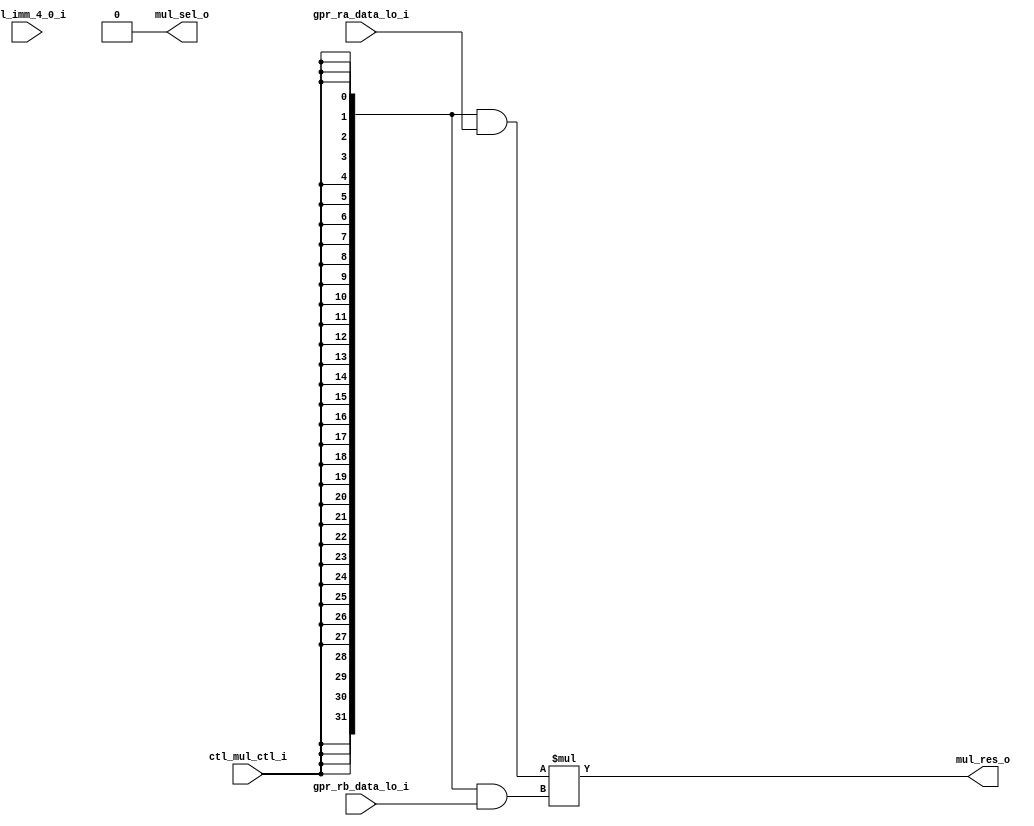
//-----------------------------------------------------------------------------
// The confidential and proprietary information contained in this file may
// only be used by a person authorised under and to the extent permitted
// by a subsisting licensing agreement from ARM Limited.
//
//            (C) COPYRIGHT 2008-2009 ARM Limited.
//                ALL RIGHTS RESERVED
//
// This entire notice must be reproduced on all copies of this file
// and copies of this file may only be made by a person if such person is
// permitted to do so under the terms of a subsisting license agreement
// from ARM Limited.
//
//      SVN Information
//
//      Checked In          : $Date: 2009-02-16 18:16:58 +0000 (Mon, 16 Feb 2009) $
//
//      Revision            : $Revision: 101137 $
//
//      Release Information : Cortex-M0-AT510-r0p0-00rel0
//-----------------------------------------------------------------------------

//-----------------------------------------------------------------------------
// CORTEX-M0 CORE MULTIPLIER ARRAY (FOR FAST MUL) OR 32:1 MUX (FOR SMALL MUL)
//-----------------------------------------------------------------------------

module cm0_core_mul
  #(parameter CBAW = 0,
    parameter SMUL = 0 )
   (output wire [31:0] mul_res_o,         // fast-mul full result
    output wire        mul_sel_o,         // small-mul multiplicand bit

    input  wire        ctl_mul_ctl_i,     // multiplier enable
    input  wire [ 4:0] ctl_imm_4_0_i,     // small-mul multiplicand bit select
    input  wire [31:0] gpr_ra_data_lo_i,  // fast-mul multiplier operand
    input  wire [31:0] gpr_rb_data_lo_i); // multiplicand operand

   // ------------------------------------------------------------
   // Implement configurability
   // ------------------------------------------------------------

   wire       cfg_smul = (CBAW == 0) ? (SMUL != 0) : 1'bZ;

   // ------------------------------------------------------------
   // Perform input conditioning and multiplication for fast mul
   // ------------------------------------------------------------

   // ctl_mul_ctl_i is used to indicate that a MULS is in in
   // execute; if a MULS is not in execute, then the output of
   // the following logic is forced to zero in order to allow
   // the use of an OR for the final register-file write-data
   // selection mux - for power saving reasons, the forcing to
   // zero is applied at the input to the multiply array

   wire        array_en = cfg_smul ? 1'b0 : ctl_mul_ctl_i;

   wire [31:0] fmul_opa = {32{array_en}} & gpr_ra_data_lo_i;
   wire [31:0] fmul_opb = {32{array_en}} & gpr_rb_data_lo_i;

   wire [63:0] fmul_int = fmul_opa * fmul_opb;

   wire [31:0] fmul_res = cfg_smul ? 32'b0 : fmul_int[31:0];

   // ------------------------------------------------------------
   // Perform input conditioning and selection for small mul
   // ------------------------------------------------------------

   wire [31:0] smul_opa = cfg_smul ? gpr_ra_data_lo_i : 32'b0;
   wire [ 4:0] smul_imm = cfg_smul ? ctl_imm_4_0_i : 5'b0;

   // smul_imm starts at 1 and increments through to 31 and
   // over to 0 in its final cycle

   // smul_sel is used in the ALU to select either the addition
   // result, or the incoming value

   wire        smul_int = ( (smul_imm == 5'd0)  & smul_opa[ 0] |
                            (smul_imm == 5'd1)  & smul_opa[31] |
                            (smul_imm == 5'd2)  & smul_opa[30] |
                            (smul_imm == 5'd3)  & smul_opa[29] |
                            (smul_imm == 5'd4)  & smul_opa[28] |
                            (smul_imm == 5'd5)  & smul_opa[27] |
                            (smul_imm == 5'd6)  & smul_opa[26] |
                            (smul_imm == 5'd7)  & smul_opa[25] |
                            (smul_imm == 5'd8)  & smul_opa[24] |
                            (smul_imm == 5'd9)  & smul_opa[23] |
                            (smul_imm == 5'd10) & smul_opa[22] |
                            (smul_imm == 5'd11) & smul_opa[21] |
                            (smul_imm == 5'd12) & smul_opa[20] |
                            (smul_imm == 5'd13) & smul_opa[19] |
                            (smul_imm == 5'd14) & smul_opa[18] |
                            (smul_imm == 5'd15) & smul_opa[17] |
                            (smul_imm == 5'd16) & smul_opa[16] |
                            (smul_imm == 5'd17) & smul_opa[15] |
                            (smul_imm == 5'd18) & smul_opa[14] |
                            (smul_imm == 5'd19) & smul_opa[13] |
                            (smul_imm == 5'd20) & smul_opa[12] |
                            (smul_imm == 5'd21) & smul_opa[11] |
                            (smul_imm == 5'd22) & smul_opa[10] |
                            (smul_imm == 5'd23) & smul_opa[ 9] |
                            (smul_imm == 5'd24) & smul_opa[ 8] |
                            (smul_imm == 5'd25) & smul_opa[ 7] |
                            (smul_imm == 5'd26) & smul_opa[ 6] |
                            (smul_imm == 5'd27) & smul_opa[ 5] |
                            (smul_imm == 5'd28) & smul_opa[ 4] |
                            (smul_imm == 5'd29) & smul_opa[ 3] |
                            (smul_imm == 5'd30) & smul_opa[ 2] |
                            (smul_imm == 5'd31) & smul_opa[ 1] );

   wire        smul_sel = cfg_smul ? smul_int : 1'b0;

   // ------------------------------------------------------------
   // Assign outputs
   // ------------------------------------------------------------

   assign      mul_res_o = fmul_res;
   assign      mul_sel_o = smul_sel;

   // ------------------------------------------------------------

endmodule // cm0_core_mul

//-----------------------------------------------------------------------------
// EOF
//-----------------------------------------------------------------------------